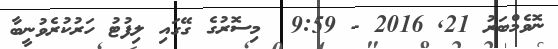
ނޮވެމްބަރު 21